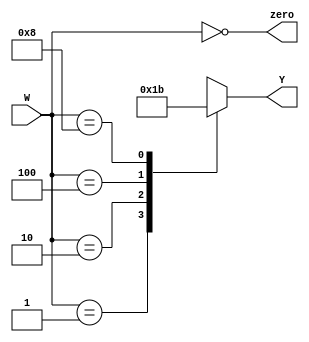
`timescale 1ns / 1ps
`default_nettype none

module four_two_encoder(
    input wire [3:0] W,
    output wire zero,
    output reg [1:0] Y
);

    assign zero = (W == 4'b0000);
    always@(W) // trigger if W  changes
    begin // start block
            case(W) // base cases off of W
              4'b0001 : Y = 2'b00;
              4'b0010 : Y = 2'b01;
              4'b0100 : Y = 2'b10; // assign the decoding values
              4'b1000 : Y = 2'b11;
              default : Y = 2'bXX;
            endcase
    end
    
endmodule